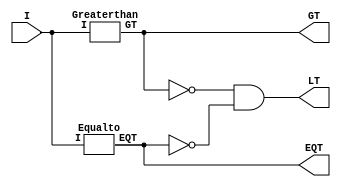
module Comparitor(EQT,GT,LT,I);
input [3:0] I; 
output EQT,GT,LT; 

Greaterthan I1 (GT,I);
Equalto I2 (EQT,I);
assign LT = ~GT & ~EQT;


endmodule

module Equalto(EQT, I);
input [3:0] I;
output EQT;
assign #6 EQT =(~I[0]&~I[1]&~I[2]&~I[3]) | (~I[0]&I[1]&~I[2]&I[3])|(I[0]&I[1]&I[2]&I[3])|(I[2]&~I[3]&I[0]&~I[1]);
endmodule

module Greaterthan(GT,I);
input [3:0] I;
output GT;
assign #6 GT = (~I[0]&~I[1]&I[2])|(~I[1]&I[3])|(~I[0]&I[2]&I[3]);
endmodule